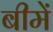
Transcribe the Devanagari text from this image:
बीमें